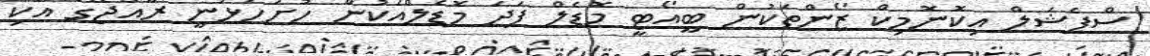
ސްޕެޝަލް އިކޮނޮމިކް ޒޯންތަކުން ބީއޯޓީ މޮޑެލް ފަދަ މޮޑެލްއަކުން ހުށަހަޅަނީ ރާއްޖޭގެ އެކި